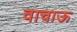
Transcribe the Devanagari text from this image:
वाचाऊ